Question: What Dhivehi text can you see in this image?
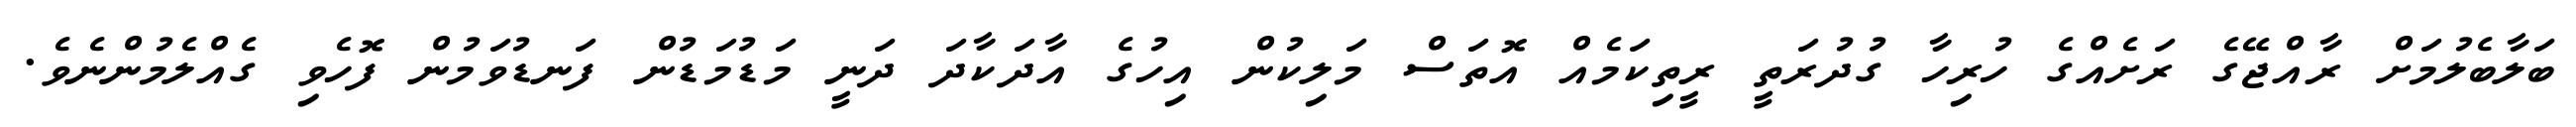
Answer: ބަލާބެލުމަށް ރާއްޖޭގެ ރަށެއްގެ ހުރިހާ ގުދުރަތީ ރީތިކަމެއް އޮތަސް މަލިކުން އިހުގެ އާދަކާދަ ދަނީ މަޑުމަޑުން ފަނޑުވަމުން ފޮހެވި ގެއްލެމުންނެވެ.